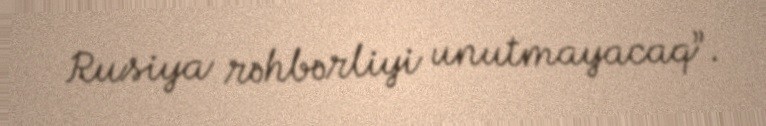
Rusiya rəhbərliyi unutmayacaq”.